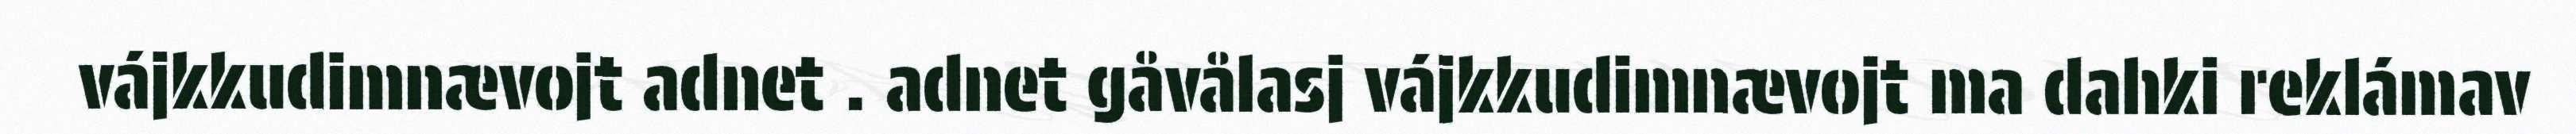
vájkkudimnævojt adnet . adnet gåvålasj vájkkudimnævojt ma dahki reklámav